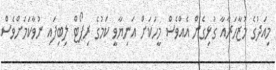
މިއަދުގެ މުޒާހަރާއާ ގުޅިގެން އެއްވެސް މީހަކަށް އަނިޔާވީ ކަމުގެ ރިޕޯޓް ލިބިފައި ނުވާކަމަށްވެސް